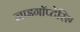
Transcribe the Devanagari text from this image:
जाइगॉप्टेरिस